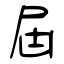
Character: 屆